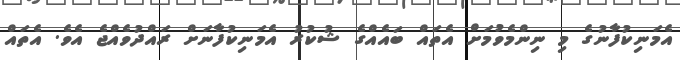
އެމަނިކުފާނުގެ މި ނިންމެވުމަށް އެތައް ބައެއްގެ ޝުކުރު އެމަނިކުފާނަށް ރައްދުވެއްޖެ އެވެ. އެތައް